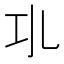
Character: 𢀗